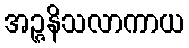
အဉ္ဇနိသလာကာယ